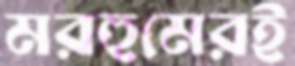
মরহুমেরই